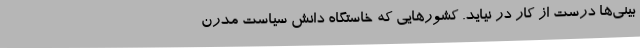
بینی‌ها درست از کار در نیاید. کشورهایی که خاستگاه دانش سیاست مدرن